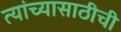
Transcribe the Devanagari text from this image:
त्यांच्यासाठीची